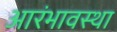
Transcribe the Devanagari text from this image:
आरंभावस्था